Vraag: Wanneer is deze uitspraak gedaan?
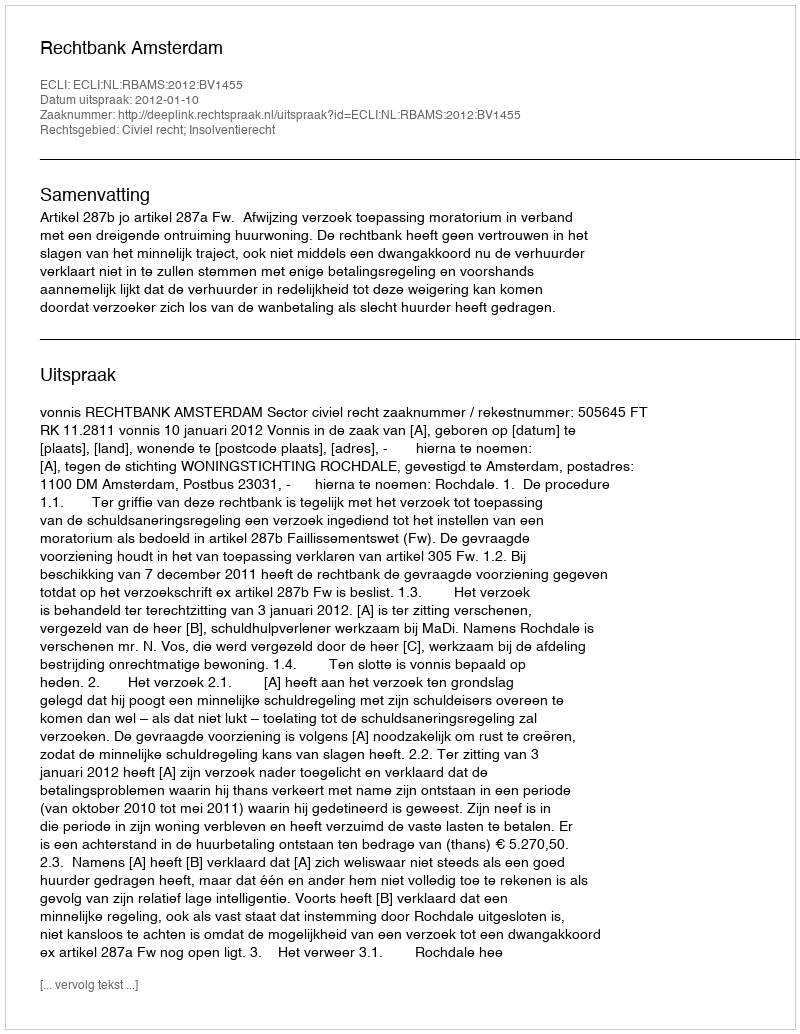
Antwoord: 2012-01-10